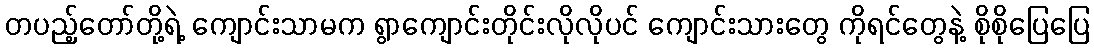
တပည့်တော်တို့ရဲ့ ကျောင်းသာမက ရွာကျောင်းတိုင်းလိုလိုပင် ကျောင်းသားတွေ ကိုရင်တွေနဲ့ စိုစိုပြေပြေ